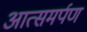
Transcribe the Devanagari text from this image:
आत्समर्पण